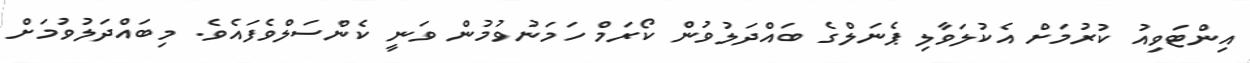
އިންޓަވިއު ކުރުމަށް އެކުލަވާލި ޕެނަލްގެ ބައްދަލުވުން ކޯރަމް ހަމަނުވުމުން ވަނީ ކެންސަލްވެފައެވެ. މިބައްދަލުވުމަށް